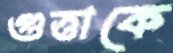
গুত্তাকে